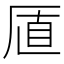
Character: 𪠋